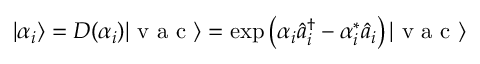
| \alpha _ { i } \rangle = D ( \alpha _ { i } ) | \mathrm { ~ v ~ a ~ c ~ } \rangle = \exp \left( \alpha _ { i } \hat { a } _ { i } ^ { \dagger } - \alpha _ { i } ^ { * } \hat { a } _ { i } \right) | \mathrm { ~ v ~ a ~ c ~ } \rangle